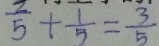
\frac { 2 } { 5 } + \frac { 1 } { 5 } = \frac { 3 } { 5 }